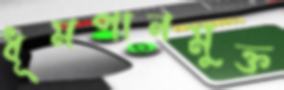
ধূমপানমুক্ত